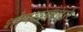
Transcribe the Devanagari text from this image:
शो़षखड्यांद्वारे